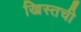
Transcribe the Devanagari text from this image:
ख्रिस्तची